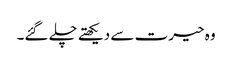
وہ حیرت سے دیکھتے چلے گئے۔